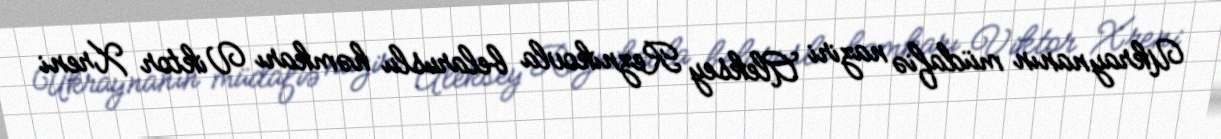
Ukraynanın müdafiə naziri Aleksey Reznikovla belaruslu həmkarı Viktor Xreni